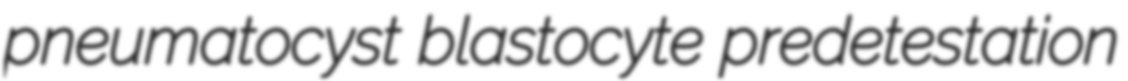
pneumatocyst blastocyte predetestation